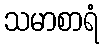
သမာစာရံ